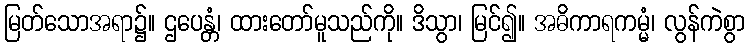
မြတ်သောအရာ၌။ ဌပေန္တံ၊ ထားတော်မူသည်ကို။ ဒိသွာ၊ မြင်၍။ အဓိကာရကမ္မံ၊ လွန်ကဲစွာ